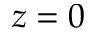
z = 0